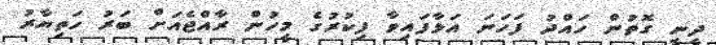
ދީނީ ގޮތުން ހައްދު ފަހަނަ އަޅާފައިވާ ފިކުރުގެ މީހުން ރާއްޖެއަށް ބަރު ހަތިޔާރު